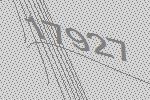
17927